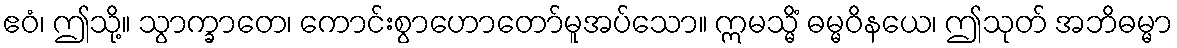
ဧဝံ၊ ဤသို့။ သွာက္ခာတေ၊ ကောင်းစွာဟောတော်မူအပ်သော။ ဣမသ္မိံ ဓမ္မဝိနယေ၊ ဤသုတ် အဘိဓမ္မာ